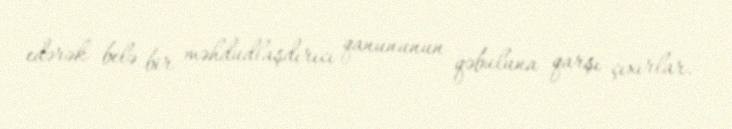
edərək belə bir məhdudlaşdırıcı qanununun qəbuluna qarşı çıxırlar.